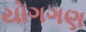
યોગગણ